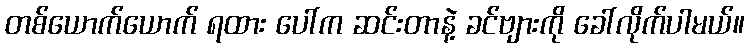
တစ်ယောက်ယောက် ရထား ပေါ်က ဆင်းတာနဲ့ ခင်ဗျားကို ခေါ်လိုက်ပါမယ်။